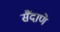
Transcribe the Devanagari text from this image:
सैंदाणे